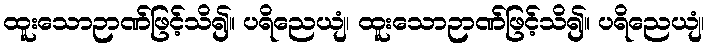
ထူးသောဉာဏ်ဖြင့်သိ၍။ ပရိညေယျံ၊ ထူးသောဉာဏ်ဖြင့်သိ၍။ ပရိညေယျံ၊